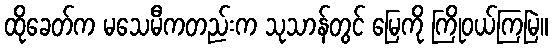
ထိုခေတ်က မသေမီကတည်းက သုသာန်တွင် မြေကို ကြိုဝယ်ကြမြဲ။